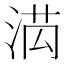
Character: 𭰯